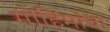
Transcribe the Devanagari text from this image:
मोहिंमांचा